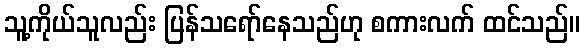
သူ့ကိုယ်သူလည်း ပြန်သရော်နေသည်ဟု စကားလက် ထင်သည်။